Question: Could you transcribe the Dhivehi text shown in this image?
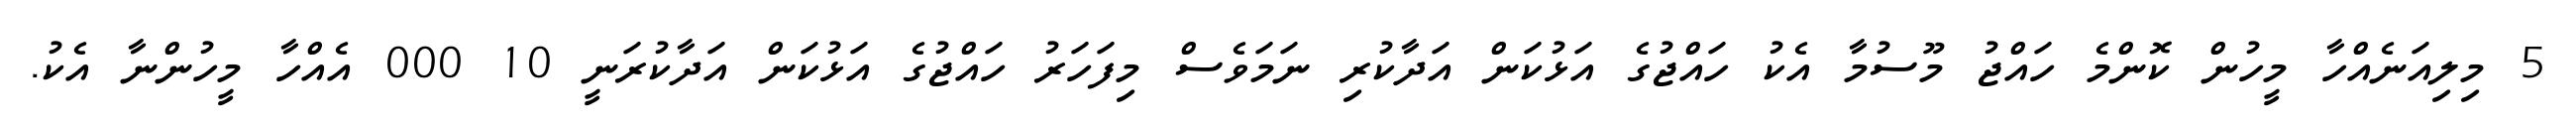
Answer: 5 މިލިއަނެއްހާ މީހުން ކޮންމެ ހައްޖު މޫސުމާ އެކު ހައްޖުގެ އަޅުކަން އަދާކުރި ނަމަވެސް މިފަހަރު ހައްޖުގެ އަޅުކަން އަދާކުރަނީ 10 000 އެއްހާ މީހުންނާ އެކު.